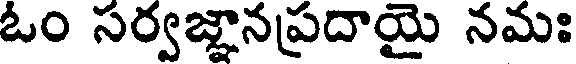
ఓం సర్వజ్ఞానప్రదాయై నమః